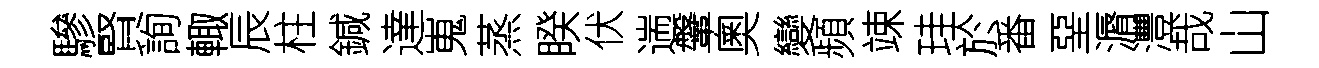
驂賢詢輙辰柱鍼達嵬蒸睽伏遄鞶奧變頻竦珪於番堊漘灃哉山